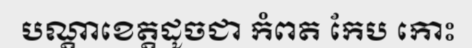
បណ្តាខេត្តដូចជា កំពត កែប កោះ